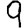
Digit: 9